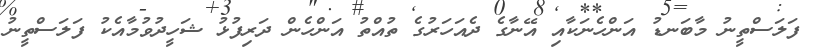
ފަލަސްތީނު މާބަނޑު އަންހެނަކާއި އޭނާގެ ދެއަހަރުގެ ތުއްތު އަންހެން ދަރިފުޅު ޝަހީދުވުމާއެކު ފަލަސްތީނު